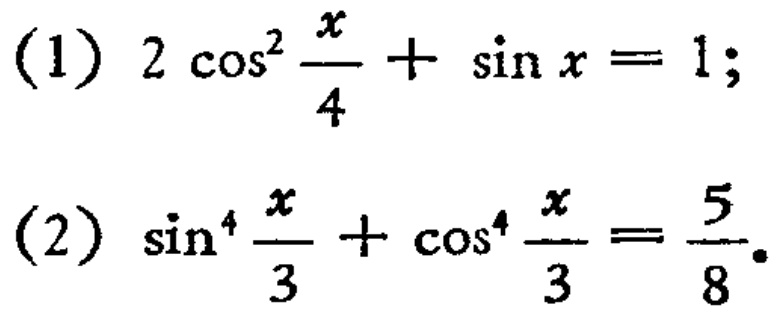
(1) \(2\cos^{2}\frac{x}{4}+\sin x = 1\);
(2) \(\sin^{4}\frac{x}{3}+\cos^{4}\frac{x}{3}=\frac{5}{8}\)